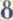
8